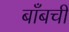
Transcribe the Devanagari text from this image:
बाँबची